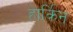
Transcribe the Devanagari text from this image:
हार्किन